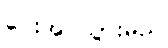
ပေးအပ်သွားမည်